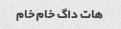
هات داگ خام خام